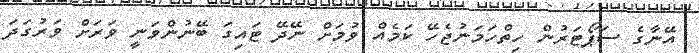
އޭނާގެ ސަޕޯޓަރުން ހިތްހަމަނުޖެހޭ ކަމެއް ވުމަށް ނޭދޭ ޓައިގަ ބޭނުންވަނީ ވަރަށް ވަރުގަދަ